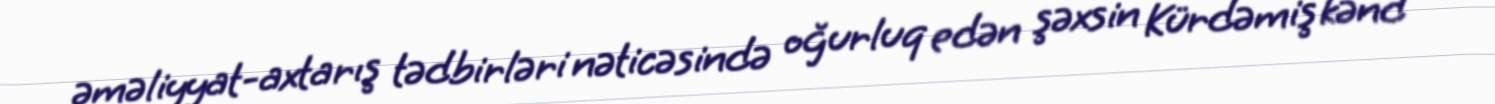
əməliyyat-axtarış tədbirləri nəticəsində oğurluq edən şəxsin Kürdəmiş kənd